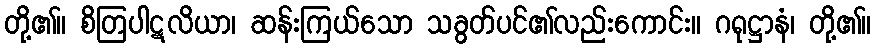
တို့၏။ စိတြပါဋလိယာ၊ ဆန်းကြယ်သော သခွတ်ပင်၏လည်းကောင်း။ ဂရုဋ္ဌာနံ၊ တို့၏။